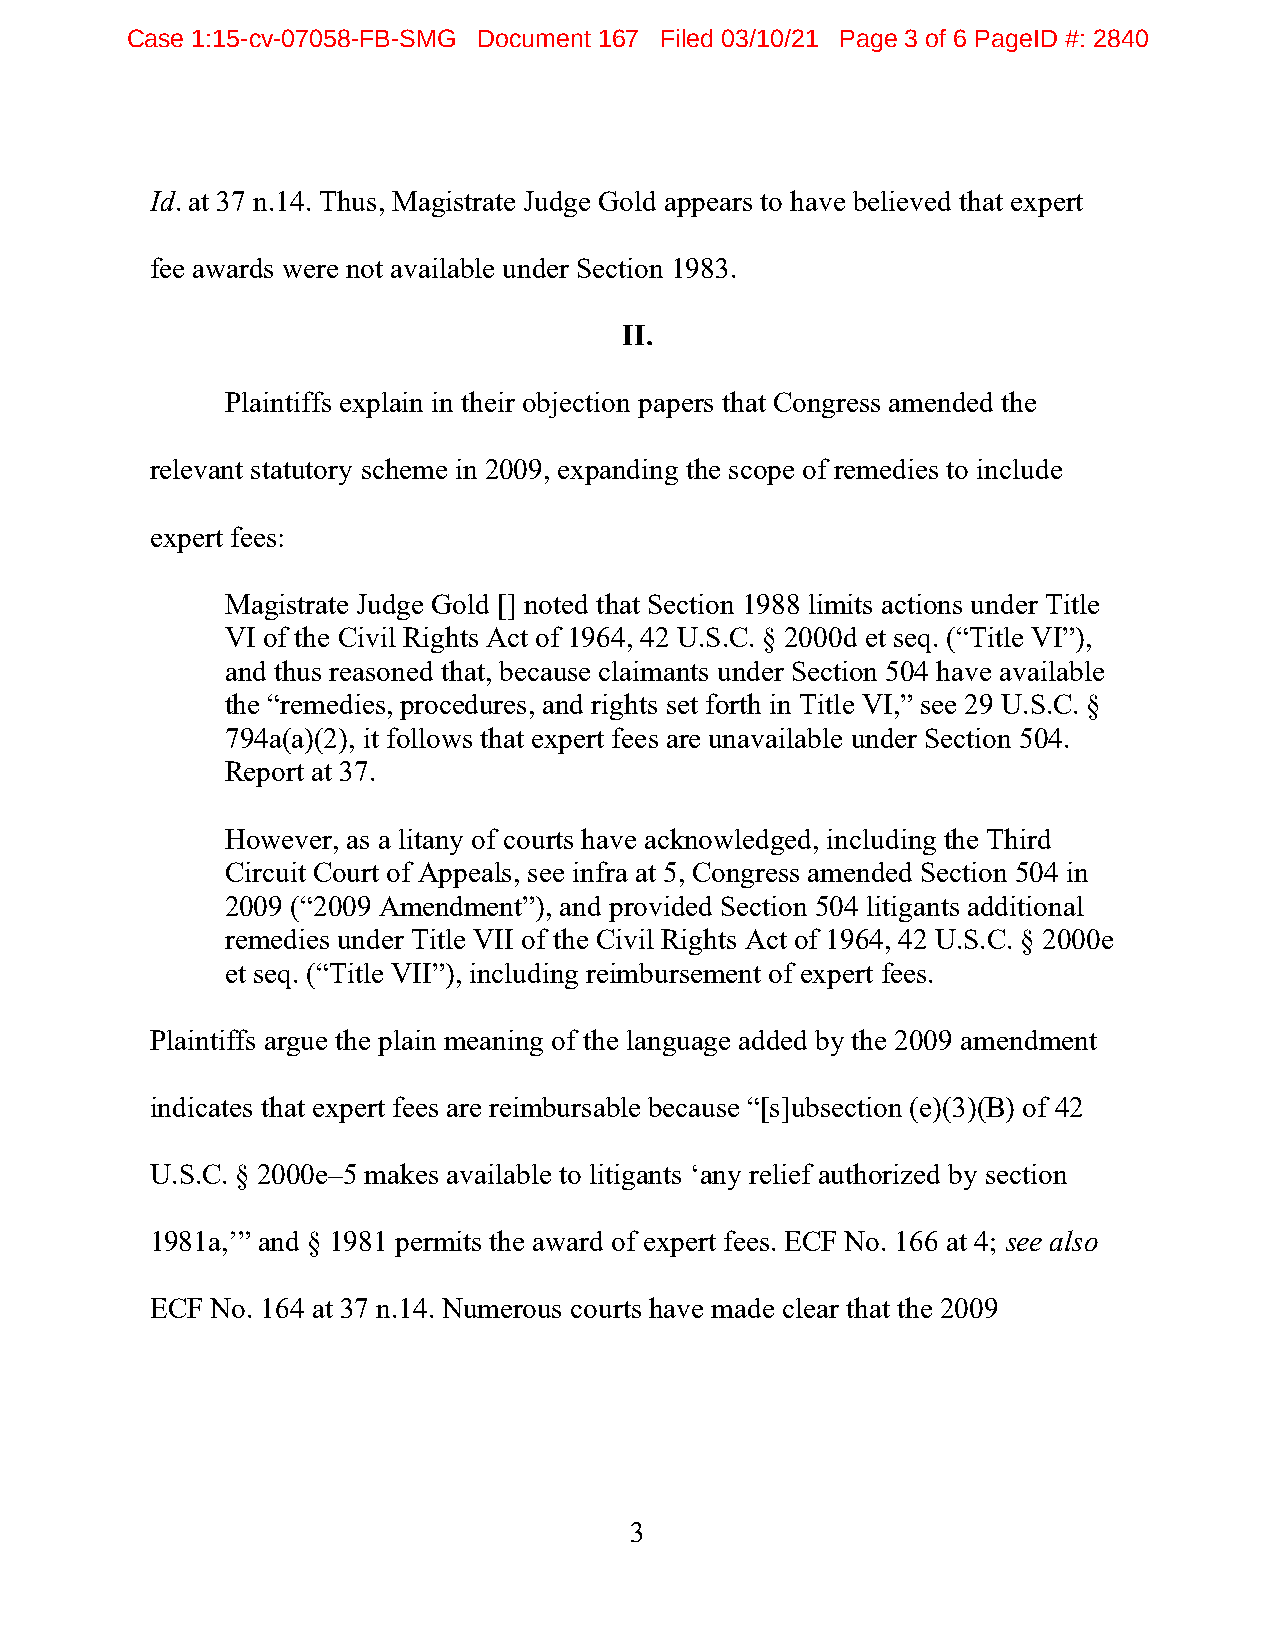
Case 1:15-cv-07058-FB-SMG Document 167 Filed 03/10/21 Page 3 of 6 PageID #: 2840
 Id. at 37 n.14. Thus, Magistrate Judge Gold appears to have believed that expert
 fee awards were not available under Section 1983.
 II.
 Plaintiffs explain in their objection papers that Congress amended the
 relevant statutory scheme in 2009, expanding the scope of remedies to include
 expert fees:
 Magistrate Judge Gold [] noted that Section 1988 limits actions under Title
 VI of the Civil Rights Act of 1964, 42 U.S.C. § 2000d et seq. (“Title VI”),
 and thus reasoned that, because claimants under Section 504 have available
 the “remedies, procedures, and rights set forth in Title VI,” see 29 U.S.C. §
 794a(a)(2), it follows that expert fees are unavailable under Section 504.
 Report at 37.
 However, as a litany of courts have acknowledged, including the Third
 Circuit Court of Appeals, see infra at 5, Congress amended Section 504 in
 2009 (“2009 Amendment”), and provided Section 504 litigants additional
 remedies under Title VII of the Civil Rights Act of 1964, 42 U.S.C. § 2000e
 et seq. (“Title VII”), including reimbursement of expert fees.
 Plaintiffs argue the plain meaning of the language added by the 2009 amendment
 indicates that expert fees are reimbursable because “[s]ubsection (e)(3)(B) of 42
 U.S.C. § 2000e–5 makes available to litigants ‘any relief authorized by section
 1981a,’” and § 1981 permits the award of expert fees. ECF No. 166 at 4; see also
 ECF No. 164 at 37 n.14. Numerous courts have made clear that the 2009
 3